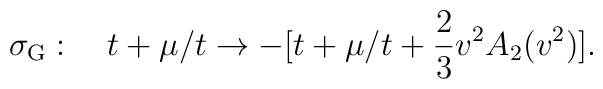
\sigma_{\mathrm G}:\quad t + \mu /t \to -[t + \mu /t + \frac{2}{3} v^2 A_2(v^2) ].